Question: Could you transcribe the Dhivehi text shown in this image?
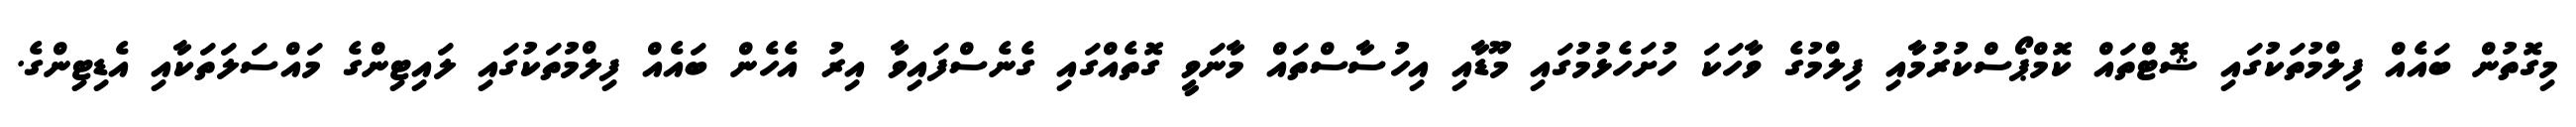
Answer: މިގޮތުން ބައެއް ފިލްމުތަކުގައި ޝޮޓްތައް ކޮމްޕޯސްކުރުމާއި ފިލްމުގެ ވާހަކަ ހުށަހެޅުމުގައި މޫޑާއި އިހުސާސްތައް މާނަވީ ގޮތެއްގައި ގެނެސްފައިވާ އިރު އެހެން ބައެއް ފިލްމުތަކުގައި ލައިޓިންގެ މައްސަލަތަކާއި އެޑިޓިންގެ.